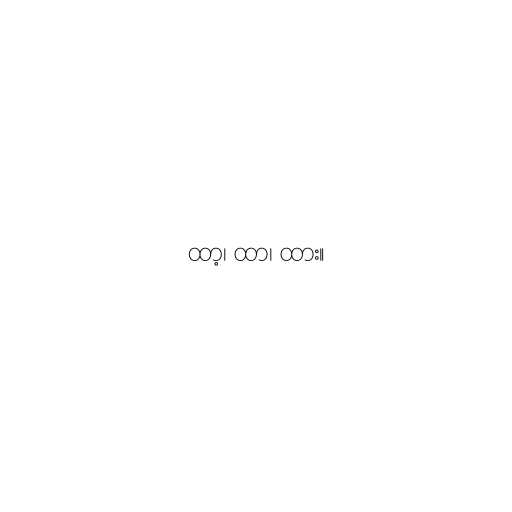
ထာ့၊ ထာ၊ ထား။